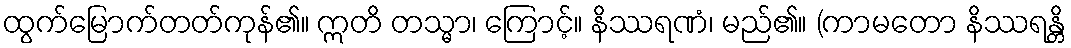
ထွက်မြောက်တတ်ကုန်၏။ ဣတိ တသ္မာ၊ ကြောင့်။ နိဿရဏံ၊ မည်၏။ (ကာမတော နိဿရန္တိ